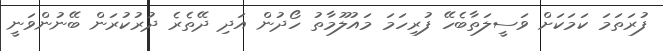
ފުރަތަމަ ކަމަކަށް ވަސީލަތާބެހޭ ފުރިހަމަ މައުލޫމާތު ހޯދުން އަދި ދޭތެރެ ދުރުކުރަން ބޭނުންވަނީ